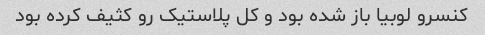
کنسرو لوبیا باز شده بود و کل پلاستیک رو کثیف کرده بود